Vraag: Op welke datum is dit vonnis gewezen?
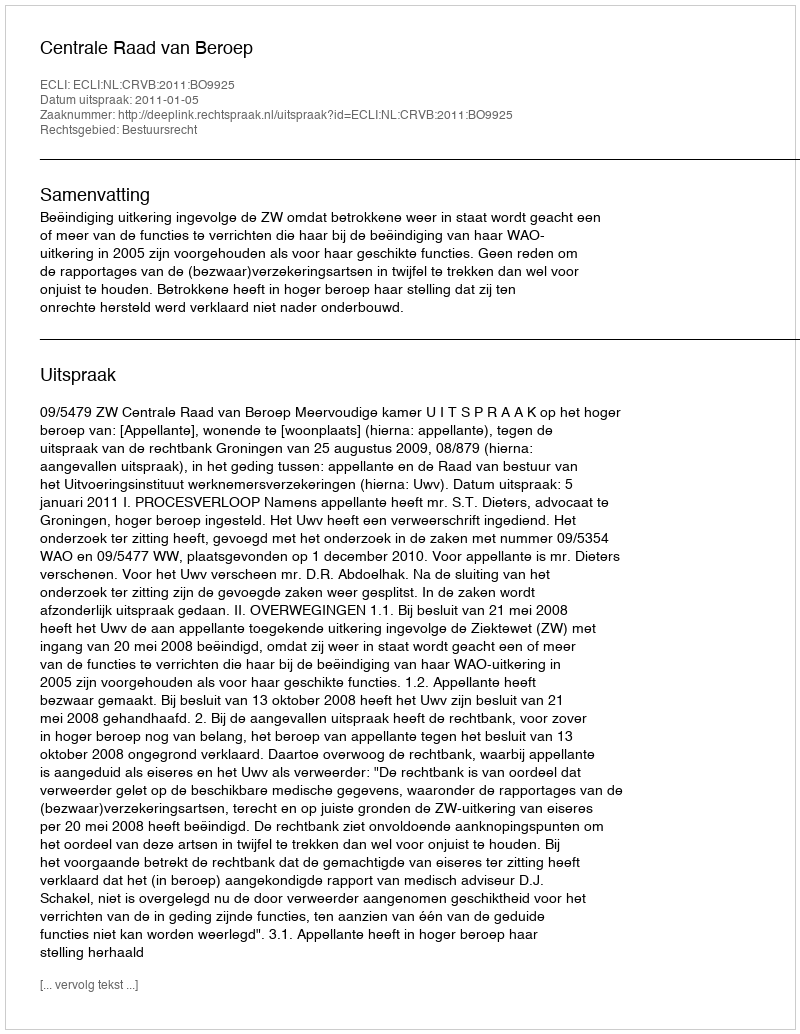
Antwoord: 2011-01-05